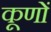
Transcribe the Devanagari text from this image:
कूणों